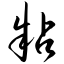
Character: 粘